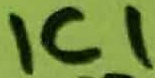
Text: IC1